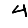
Digit: 4